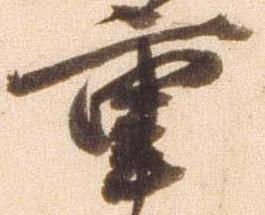
重